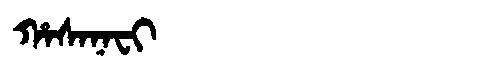
Manchu: ᡥᠠᠰᠠᠨᠠᠸᡳ
Romanization: HASANAFI